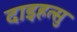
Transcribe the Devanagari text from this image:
दाइहत्सु